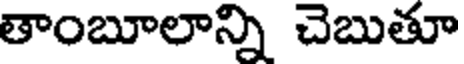
తాంబూలాన్ని చెబుతూ